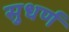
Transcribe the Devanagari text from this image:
सुधर्ण